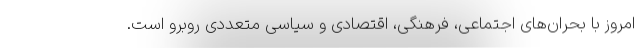
امروز با بحران‌های اجتماعی، فرهنگی، اقتصادی و سیاسی متعددی روبرو است.